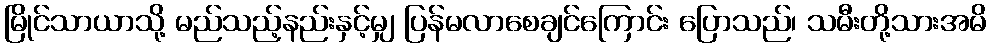
မြိုင်သာယာသို့ မည်သည့်နည်းနှင့်မျှ ပြန်မလာစေချင်ကြောင်း ပြောသည်၊ သမီးတို့သားအမိ